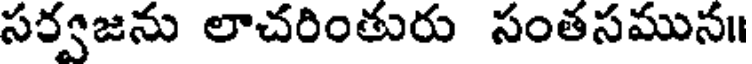
సర్వజను లాచరింతురు సంతసమున॥